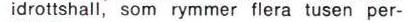
idrottshall, som rymmer flera tusen per-